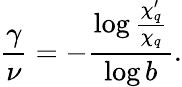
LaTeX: \frac{\gamma}{\nu}=-\frac{\log\frac{\chi_{q}^{\prime}}{\chi_{q}}}{\log b}.